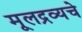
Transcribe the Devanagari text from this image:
मूलद्रव्यचे